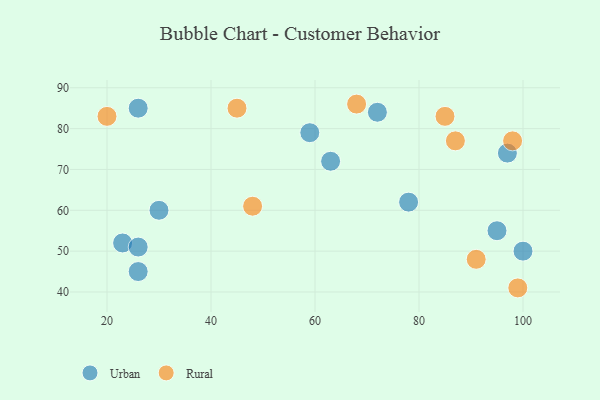
{"axis": {"x": "GDP", "y": "Life Expectancy"}, "legend": ["Rural", "Urban"], "data": [{"x": "30", "y": 60, "type": "Urban"}, {"x": "23", "y": 52, "type": "Urban"}, {"x": "63", "y": 72, "type": "Urban"}, {"x": "59", "y": 79, "type": "Urban"}, {"x": "78", "y": 62, "type": "Urban"}, {"x": "95", "y": 55, "type": "Urban"}, {"x": "100", "y": 50, "type": "Urban"}, {"x": "26", "y": 85, "type": "Urban"}, {"x": "97", "y": 74, "type": "Urban"}, {"x": "26", "y": 51, "type": "Urban"}, {"x": "72", "y": 84, "type": "Urban"}, {"x": "26", "y": 45, "type": "Urban"}, {"x": "20", "y": 83, "type": "Rural"}, {"x": "99", "y": 41, "type": "Rural"}, {"x": "48", "y": 61, "type": "Rural"}, {"x": "85", "y": 83, "type": "Rural"}, {"x": "45", "y": 85, "type": "Rural"}, {"x": "98", "y": 77, "type": "Rural"}, {"x": "68", "y": 86, "type": "Rural"}, {"x": "87", "y": 77, "type": "Rural"}, {"x": "91", "y": 48, "type": "Rural"}]}